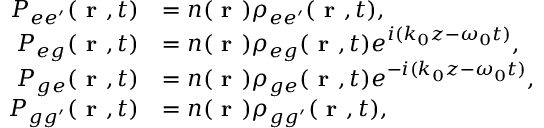
\begin{array} { r l } { P _ { e e ^ { \prime } } ( \textbf { r } , t ) } & { = n ( \textbf { r } ) \rho _ { e e ^ { \prime } } ( \textbf { r } , t ) , } \\ { P _ { e g } ( \textbf { r } , t ) } & { = n ( \textbf { r } ) \rho _ { e g } ( \textbf { r } , t ) e ^ { i ( k _ { 0 } z - \omega _ { 0 } t ) } , } \\ { P _ { g e } ( \textbf { r } , t ) } & { = n ( \textbf { r } ) \rho _ { g e } ( \textbf { r } , t ) e ^ { - i ( k _ { 0 } z - \omega _ { 0 } t ) } , } \\ { P _ { g g ^ { \prime } } ( \textbf { r } , t ) } & { = n ( \textbf { r } ) \rho _ { g g ^ { \prime } } ( \textbf { r } , t ) , } \end{array}